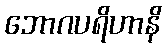
ဘောဂပရိဟာနိ